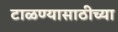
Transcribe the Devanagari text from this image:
टाळण्यासाठीच्या